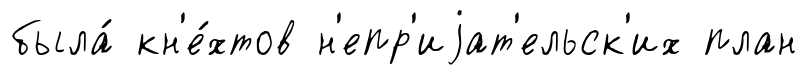
была́ кн'е́хтов н'епр'иjат'ельск'их план